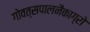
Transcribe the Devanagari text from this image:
गोवत्सपालनैकाग्रो